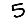
Digit: 5